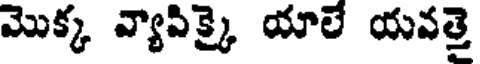
మొక్క వ్యాపిక్కై యాలే యవత్తె